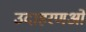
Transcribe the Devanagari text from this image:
उदाहरणओं